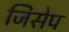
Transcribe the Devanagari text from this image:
जिसेप